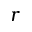
r